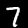
Digit: 7